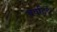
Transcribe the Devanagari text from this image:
बवहिद